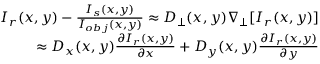
\begin{array} { r } { I _ { r } ( x , y ) - \frac { I _ { s } ( x , y ) } { I _ { o b j } ( x , y ) } \approx D _ { \perp } ( x , y ) \nabla _ { \perp } [ I _ { r } ( x , y ) ] } \\ { \approx D _ { x } ( x , y ) \frac { \partial I _ { r } ( x , y ) } { \partial x } + D _ { y } ( x , y ) \frac { \partial I _ { r } ( x , y ) } { \partial y } } \end{array}